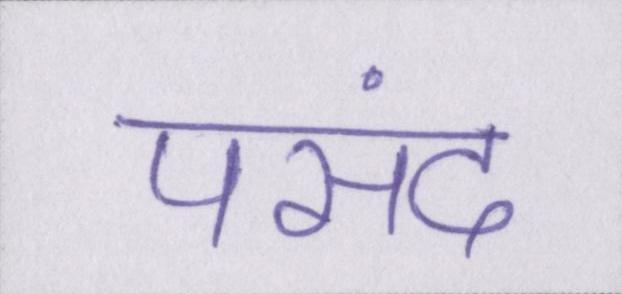
पसंद